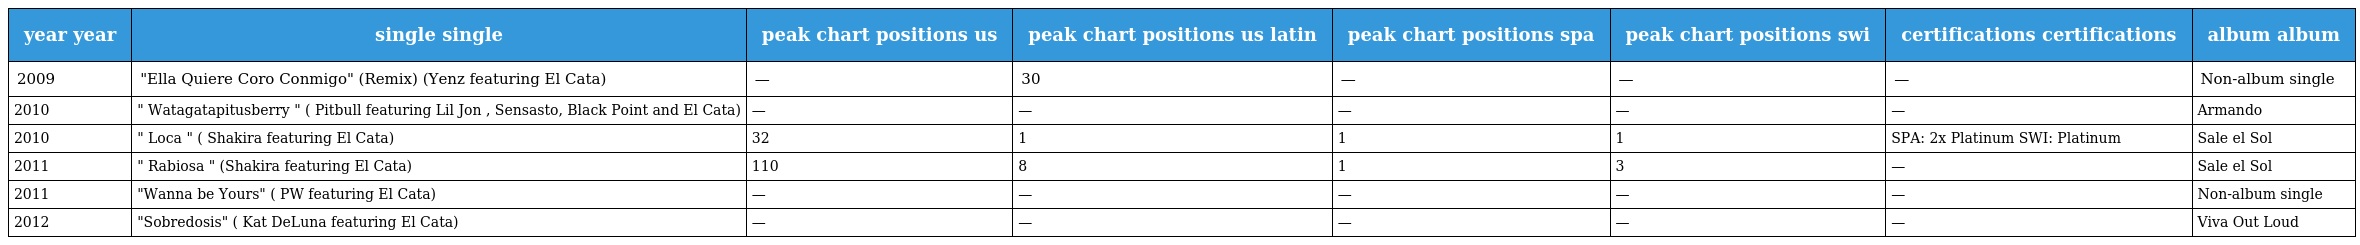
| year year | single single | peak chart positions us | peak chart positions us latin | peak chart positions spa | peak chart positions swi | certifications certifications | album album |
 | --- | --- | --- | --- | --- | --- | --- | --- |
 | 2009 | "Ella Quiere Coro Conmigo" (Remix) (Yenz featuring El Cata) | — | 30 | — | — | — | Non-album single |
 | 2010 | " Watagatapitusberry " ( Pitbull featuring Lil Jon , Sensasto, Black Point and El Cata) | — | — | — | — | — | Armando |
 | 2010 | " Loca " ( Shakira featuring El Cata) | 32 | 1 | 1 | 1 | SPA: 2x Platinum SWI: Platinum | Sale el Sol |
 | 2011 | " Rabiosa " (Shakira featuring El Cata) | 110 | 8 | 1 | 3 | — | Sale el Sol |
 | 2011 | "Wanna be Yours" ( PW featuring El Cata) | — | — | — | — | — | Non-album single |
 | 2012 | "Sobredosis" ( Kat DeLuna featuring El Cata) | — | — | — | — | — | Viva Out Loud |